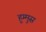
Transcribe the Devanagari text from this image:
हुम्मुस